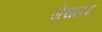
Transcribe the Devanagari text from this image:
जेंसलर